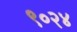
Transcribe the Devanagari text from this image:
९०२४